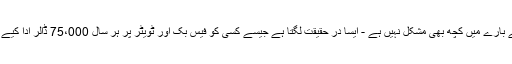
اس کام کے بارے میں کچھ بھی مشکل نہیں ہے - ایسا در حقیقت لگتا ہے جیسے کسی کو فیس بک اور ٹویٹر پر ہر سال 75،000 ڈالر ادا کیے جاتے ہیں۔